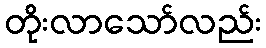
တိုးလာသော်လည်း